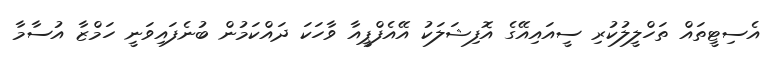
އެސިޓީތައް ތަހްލީލުކުރި ސީއައިއޭގެ އޮފިޝަލަކު އޭއެފްޕީއާ ވާހަކަ ދައްކަމުން ބުނެފައިވަނީ ހަމްޒާ އުސާމާ